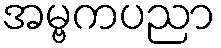
အမ္ဗကပညာ